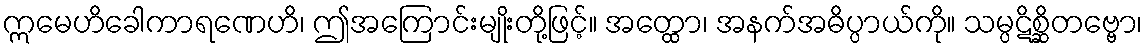
ဣမေဟိခေါကာရဏေဟိ၊ ဤအကြောင်းမျိုးတို့ဖြင့်။ အတ္ထော၊ အနက်အဓိပ္ပာယ်ကို။ သမ္ပဋိစ္ဆိတဗ္ဗော၊